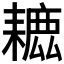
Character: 𦔗